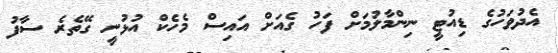
އެދުވަހުގެ ޑިއުޓީ ނިންމާލުމަށް ފަހު ގެއަށް އައިސް މެހެކް އުޅުނީ ގޭތެރެ ސާފު